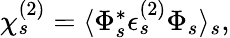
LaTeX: \begin{array}{r}{\chi_{s}^{(2)}=\langle\Phi_{s}^{*}\epsilon_{s}^{(2)}\Phi_{s}\rangle_{s},}\end{array}